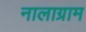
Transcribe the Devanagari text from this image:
नालाग्राम